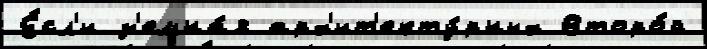
Е́сл'и з'емна́я арх'ит'екту́рных Второ́й